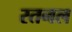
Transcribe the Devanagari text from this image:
रतनल